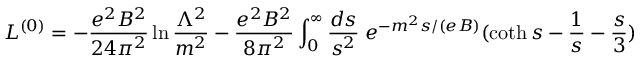
{ \cal L } ^ { ( 0 ) } = - \frac { e ^ { 2 } B ^ { 2 } } { 2 4 \pi ^ { 2 } } \ln \frac { \Lambda ^ { 2 } } { m ^ { 2 } } - \frac { e ^ { 2 } B ^ { 2 } } { 8 \pi ^ { 2 } } \int _ { 0 } ^ { \infty } \frac { d s } { s ^ { 2 } } \; e ^ { - m ^ { 2 } s / ( e B ) } ( \coth s - \frac { 1 } { s } - \frac { s } { 3 } )